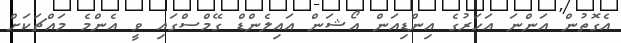
އެގޮތުން އަންނަ އަހަރުގެ އިންޑިއަން އޯޝަން އައިލެންޑް ގޭމްސްގައި ވީ އެންމެ މައްޗަކަށް